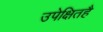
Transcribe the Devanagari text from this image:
उपेक्षितहै